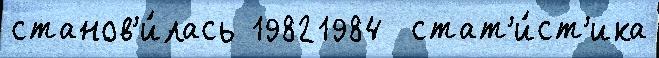
станов'и́лась 19821984  стат'и́ст'ика